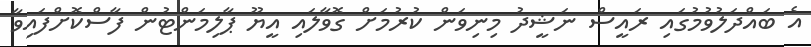
އެ ބައްދަލުވުމުގައި ރައީސް ނަޝީދު މިނިވަން ކުރުމަށް ގޮވާލައި އީޔޫ ޕާލިމަންޓުން ފާސްކޮށްފައިވާ